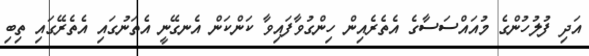
އަދި ފުލުހުންގެ މުއައްސަސާގެ އެތެރެއިން ހިންގުވާފައިވާ ކަންކަން އެނގޭނީ އެތަނުގައި އެތެރޭގައި ތިބި